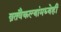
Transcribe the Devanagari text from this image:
व्रतवैकल्यांमध्येही